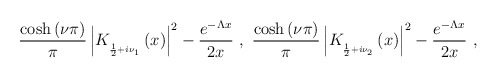
\begin{align*}\frac{\cosh \left( \nu \pi \right) }{\pi }\left| K_{_{\frac{1}{2}+i\nu_{1}}}\left( x\right) \right| ^{2}-\frac{e^{-\Lambda x}}{2x}\ ,\ \frac{\cosh\left( \nu \pi \right) }{\pi }\left| K_{_{\frac{1}{2}+i\nu _{2}}}\left(x\right) \right| ^{2}-\frac{e^{-\Lambda x}}{2x}\ , \end{align*}